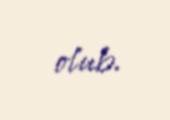
olub.